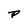
Character: P